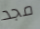
مجد